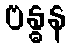
ဗန္ဓန